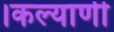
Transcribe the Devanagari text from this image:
।कल्याणी